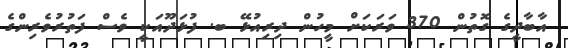
އާބާދީގެ ގޮތުން 370 ވަރަކަށް މީހުން ދިރިއުޅޭ ބ. ފުޅަދޫއަކީ ވެސް ފަތުރުވެރިންގެ